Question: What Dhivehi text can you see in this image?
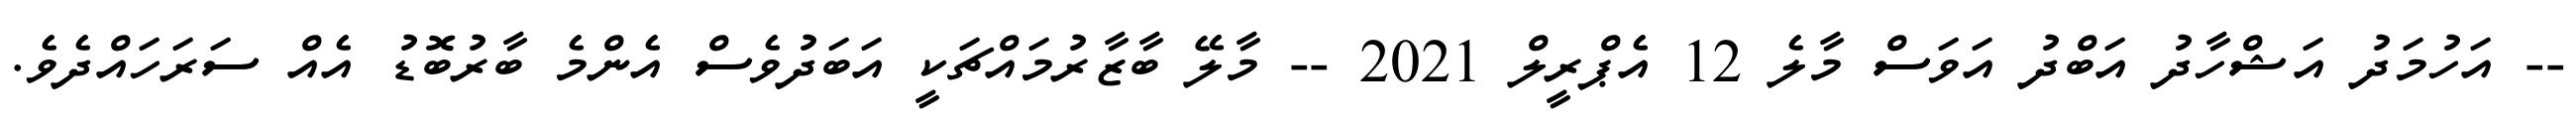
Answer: -- އަހުމަދު އަޝްހާދު އަބްދު އަވަސް މާލެ 12 އެޕްރީލް 2021 -- މާލޭ ބާޒާރުމައްޗަކީ އަބަދުވެސް އެންމެ ބާރުބޮޑު އެއް ސަރަހައްދެވެ.